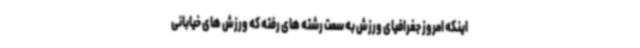
اینکه امروز جغرافیای ورزش به سمت رشته های رفته که ورزش های خیابانی